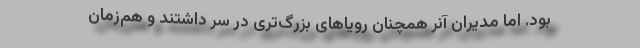
بود. اما مدیران آنر همچنان رویاهای بزرگ‌تری در سر داشتند و هم‌زمان